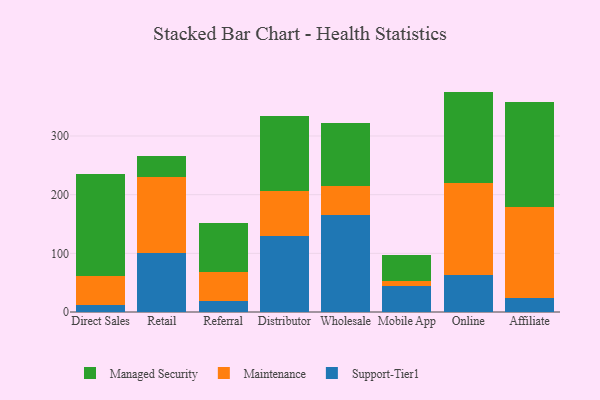
{"axis": {"x": "Channel", "y": "Inventory Turnover"}, "legend": ["Maintenance", "Managed Security", "Support-Tier1"], "data": [{"x": "Direct Sales", "y": 12.2, "type": "Support-Tier1"}, {"x": "Direct Sales", "y": 48.8, "type": "Maintenance"}, {"x": "Direct Sales", "y": 174.3, "type": "Managed Security"}, {"x": "Retail", "y": 101.0, "type": "Support-Tier1"}, {"x": "Retail", "y": 129.8, "type": "Maintenance"}, {"x": "Retail", "y": 34.7, "type": "Managed Security"}, {"x": "Referral", "y": 19.1, "type": "Support-Tier1"}, {"x": "Referral", "y": 49.0, "type": "Maintenance"}, {"x": "Referral", "y": 83.0, "type": "Managed Security"}, {"x": "Distributor", "y": 129.0, "type": "Support-Tier1"}, {"x": "Distributor", "y": 77.7, "type": "Maintenance"}, {"x": "Distributor", "y": 126.7, "type": "Managed Security"}, {"x": "Wholesale", "y": 165.5, "type": "Support-Tier1"}, {"x": "Wholesale", "y": 48.5, "type": "Maintenance"}, {"x": "Wholesale", "y": 108.6, "type": "Managed Security"}, {"x": "Mobile App", "y": 43.8, "type": "Support-Tier1"}, {"x": "Mobile App", "y": 9.7, "type": "Maintenance"}, {"x": "Mobile App", "y": 43.8, "type": "Managed Security"}, {"x": "Online", "y": 62.4, "type": "Support-Tier1"}, {"x": "Online", "y": 157.3, "type": "Maintenance"}, {"x": "Online", "y": 156.0, "type": "Managed Security"}, {"x": "Affiliate", "y": 23.9, "type": "Support-Tier1"}, {"x": "Affiliate", "y": 154.8, "type": "Maintenance"}, {"x": "Affiliate", "y": 178.6, "type": "Managed Security"}]}